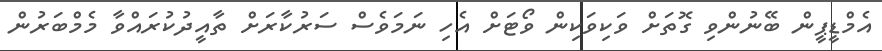
އެމްޑީޕީން ބޭނުންވި ގޮތަށް ވަކިވަކިން ވޯޓަށް އެހި ނަމަވެސް ސަރުކާރަށް ތާއީދުކުރައްވާ މެމްބަރުން